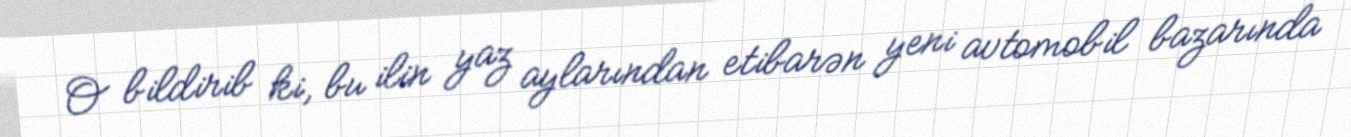
O bildirib ki, bu ilin yaz aylarından etibarən yeni avtomobil bazarında